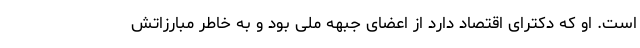
است. او که دکترای اقتصاد دارد از اعضای جبهه ملی بود و به خاطر مبارزاتش